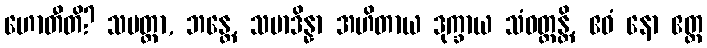
ဟောတီတိ? သမတ္တာ, ဘန္တေ, သမာဒိန္နာ အဟိတာယ ဒုက္ခာယ သံဝတ္တန္တိ, ဧဝံ နော ဧတ္ထ